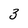
Character: z